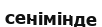
сенімінде